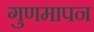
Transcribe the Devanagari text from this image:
गुणमापन